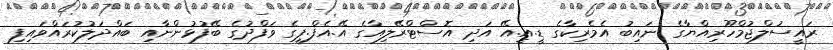
ރައީސުލްޖުމްހޫރިއްޔާގެ ނައިބު އެމެރިކާގެ ޑީ.އީ.އޭ އަދި އޮސްޓްރޭލިއާގެ އޭ.އެފް.ޕީގެ ވަފްދުގެ ބޭފުޅުންނާއި ބައްދަލުކުރައްވައިފި